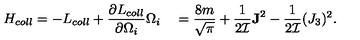
H _ { c o l l } = - L _ { c o l l } + \frac { \partial L _ { c o l l } } { \partial \Omega _ { i } } \Omega _ { i } \quad = \frac { 8 m } { \sqrt { \pi } } + \frac { 1 } { 2 { \cal I } } { \bf J } ^ { 2 } - \frac { 1 } { 2 { \cal I } } ( J _ { 3 } ) ^ { 2 } .